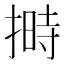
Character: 𪮛